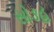
સોઙહ